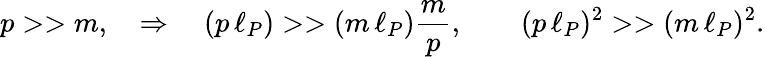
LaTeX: p>>m,\quad\Rightarrow\quad(p\, \ell_{P})>>(m\, \ell_{P})\frac{m}{p},\qquad(p\, \ell_{P})^{2}>>(m\, \ell_{P})^{2}.